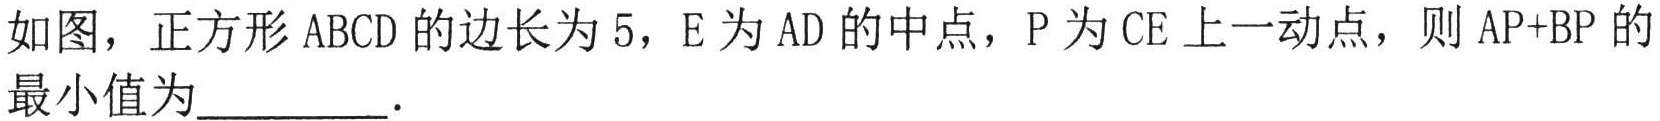
如图，正方形$ABCD$的边长为$5$，$E$为$AD$的中点，$P$为$CE$上一动点，则$AP + BP$的最小值为  ．